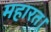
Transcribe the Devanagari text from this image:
महारत।